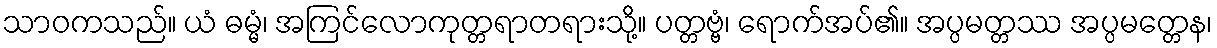
သာဝကသည်။ ယံ ဓမ္မံ၊ အကြင်လောကုတ္တရာတရားသို့။ ပတ္တဗ္ဗံ၊ ရောက်အပ်၏။ အပ္ပမတ္တဿ အပ္ပမတ္တေန၊